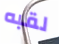
لقبه